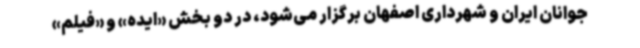
جوانان ایران و شهرداری اصفهان برگزار می‌شود، در دو بخش «ایده» و «فیلم»